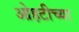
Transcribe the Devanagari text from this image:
ओहटीच्या